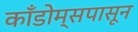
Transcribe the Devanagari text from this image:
काँडोम्सपासून